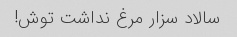
سالاد سزار مرغ نداشت توش!